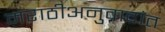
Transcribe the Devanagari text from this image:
मराठीअनुवादांत